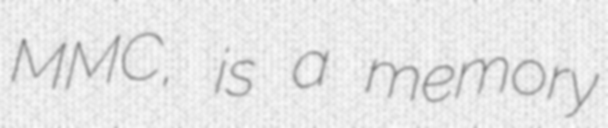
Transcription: MMC, is a memory